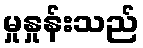
မှုနှုန်းသည်